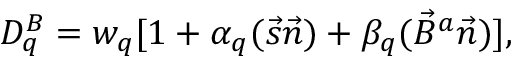
D _ { q } ^ { B } = w _ { q } [ 1 + \alpha _ { q } ( \vec { s } \vec { n } ) + \beta _ { q } ( \vec { B } ^ { a } \vec { n } ) ] ,